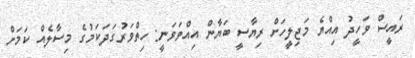
ރައީސް ވަހީދު އިއްޔެ މަޖިލީހަށް ރިޔާސީ ބަޔާން އިއްވަވަނީ: ހިތްވަރުގަދަކަމުގެ މިސާލެއް ކަމަށް